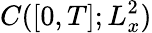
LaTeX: C([0,T];L_{x}^{2})